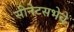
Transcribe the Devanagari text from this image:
सीनेटसभेचे